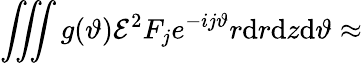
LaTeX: \iiint g(\vartheta){\cal E}^{2}F_{j}e^{-ij\vartheta}r\mathrm{d}r\mathrm{d}z\mathrm{d}\vartheta\approx